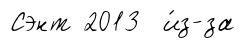
Сэнт 2013 и́з-за